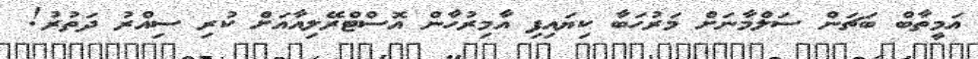
އަމީތާބް ބަޗަން ސަލްމާނަށް މަރުހަބާ ކިޔައިފި އާމިރުހާން އޮސްޓްރޭލިއާއަށް ކުރި ސިއްރު ދަތުރު!